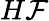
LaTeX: H\mathcal{F}